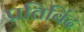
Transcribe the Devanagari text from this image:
प्रतिबिंद